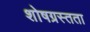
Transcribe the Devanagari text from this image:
शोषग्रस्तता